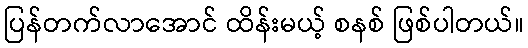
ပြန်တက်လာအောင် ထိန်းမယ့် စနစ် ဖြစ်ပါတယ်။